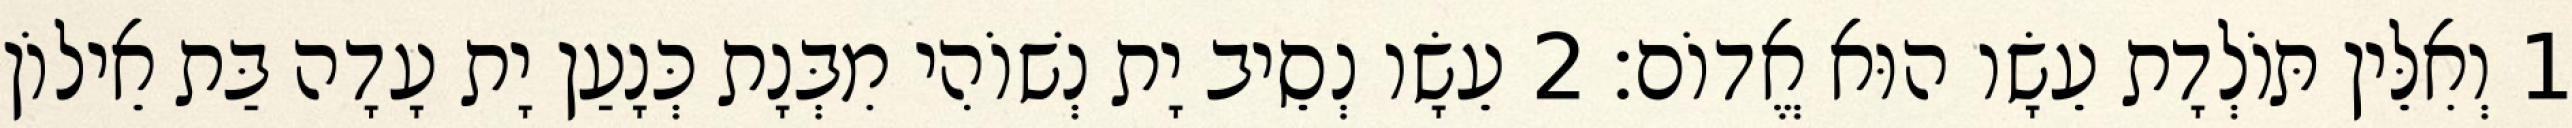
1 וְאִלֵּין תּוֹלְדָת עֵשָׂו הוּא אֱדוֹם׃ 2 עֵשָׂו נְסֵיב יָת נְשׁוֹהִי מִבְּנָת כְּנָעַן יָת עָדָה בַּת אֵילוֹן